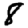
Digit: 8